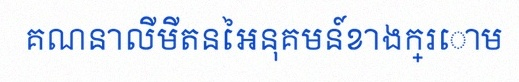
គណនាលីមីតនៃអនុគមន៍ខាងក្រោម